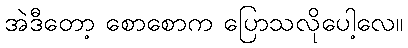
အဲဒီတော့ စောစောက ပြောသလိုပေါ့လေ။